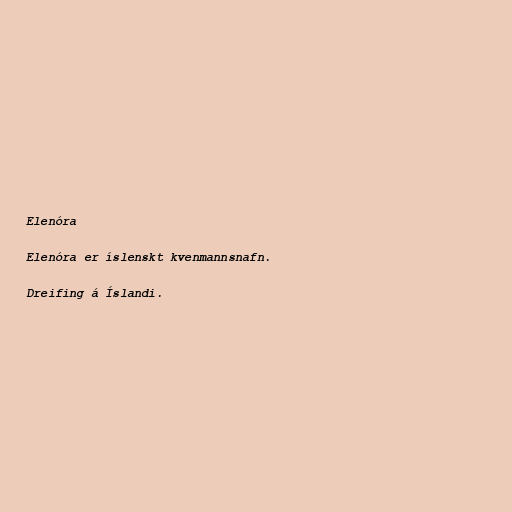
Elenóra

Elenóra er íslenskt kvenmannsnafn.

Dreifing á Íslandi.